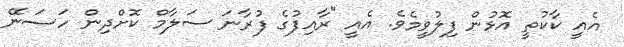
އެއީ ކާކުތީ އޮޅުން ފިލުވީމެވެ. އެއީ "ރާއިފުގެ ފުރާނަ ސަލާމް ކޮށްދިން ހަސަނޭ